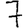
Digit: 7